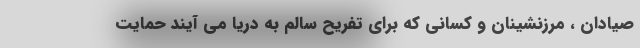
صیادان ، مرزنشینان و کسانی که برای تفریح سالم به دریا می آیند حمایت